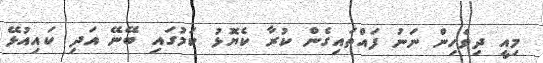
މިއީ ދިވެހިން ނަނު ފައްތައިގެން ކުރާ ކެޔޮޅު ކަމުގައި ބޭނޭ އަދި ކައިއުޅޭ